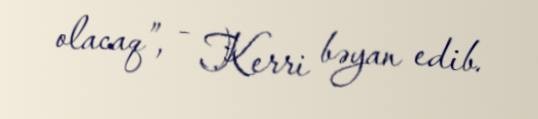
olacaq”, - Kerri bəyan edib.